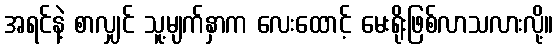
အရင်နဲ့ စာလျှင် သူ့မျက်နှာက လေးထောင့် မေးရိုးဖြစ်လာသလားလို့။